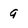
Character: 9